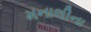
મનાલીના